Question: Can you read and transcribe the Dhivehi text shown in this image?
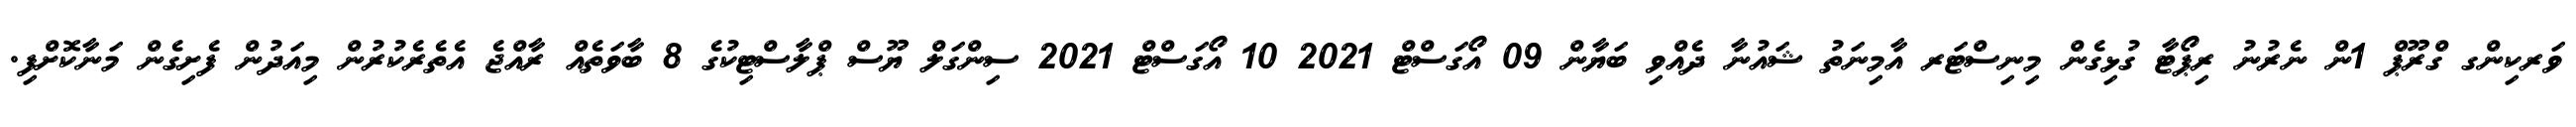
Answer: ވަރކިންގ ގްރޫޕް 1ން ނެރުނު ރިޕޯޓާ ގުޅިގެން މިނިސްޓަރ އާމިނަތު ޝައުނާ ދެއްވި ބަޔާން 09 އޯގަސްޓް 2021 10 އޯގަސްޓް 2021 ސިންގަލް ޔޫސް ޕްލާސްޓިކުގެ 8 ބާވަތެއް ރާއްޖެ އެތެރެކުރުން މިއަދުން ފެށިގެން މަނާކޮށްފި.